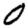
Digit: 0